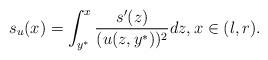
LaTeX: \begin{align*}s_u(x)=\int_{y^*}^x \frac{s'(z)}{(u(z,y^*))^2}dz, x\in (l,r).\end{align*}